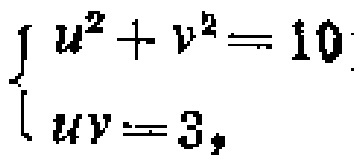
$\begin{cases}

u^{2}+v^{2}=10\\

uv = 3,

\end{cases}$